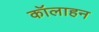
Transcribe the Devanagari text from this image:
कॉलाहन